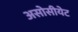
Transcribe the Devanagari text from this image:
असोसीयेट